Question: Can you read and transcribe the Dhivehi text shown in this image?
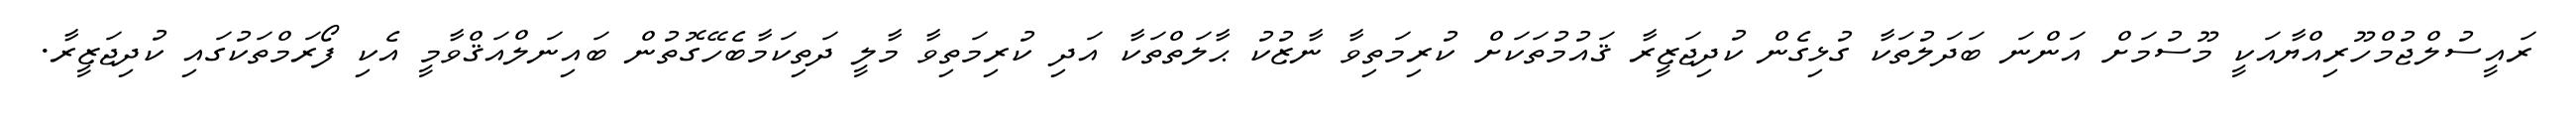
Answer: ރައީސުލްޖުމްހޫރިއްޔާއަކީ މޫސުމަށް އަންނަ ބަދަލުތަކާ ގުޅިގެން ކުދިޖަޒީރާ ޤައުމުތަކަށް ކުރިމަތިވާ ނާޒުކު ޙާލަތްތަކާ އަދި ކުރިމަތިވާ މާލީ ދަތިކަމާބެހޭގޮތުން ބައިނަލްއަޤްވާމީ އެކި ފޯރަމްތަކުގައި ކުދިޖަޒީރާ.